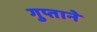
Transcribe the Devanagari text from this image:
गुप्ताने